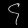
Digit: ၄